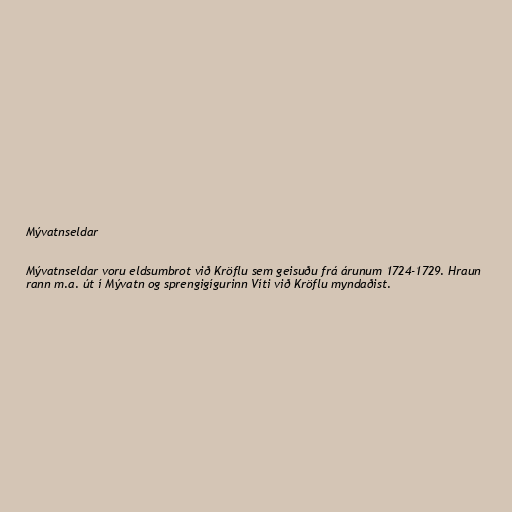
Mývatnseldar

Mývatnseldar voru eldsumbrot við Kröflu sem geisuðu frá árunum 1724-1729. Hraun
rann m.a. út í Mývatn og sprengigígurinn Víti við Kröflu myndaðist.